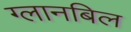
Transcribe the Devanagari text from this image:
ग्लानबिल